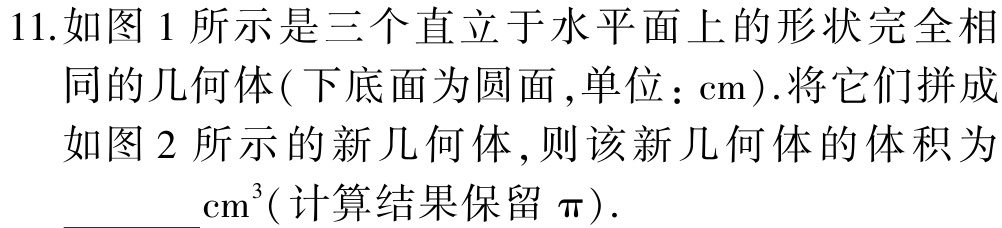
11.如图1所示是三个直立于水平面上的形状完全相同的几何体(下底面为圆面,单位：$\mathrm{c}\mathrm{m}$).将它们拼成如图2所示的新几何体,则该新几何体的体积为$\underline{\qquad\quad}\mathrm{c}{\mathrm{m}}^{3}$(计算结果保留$\pi$).